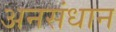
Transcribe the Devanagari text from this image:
अनसंधान